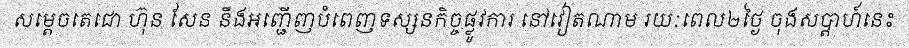
សម្តេចតេជោ ហ៊ុន សែន នឹងអញ្ជើញបំពេញទស្សនកិច្ចផ្លូវការ នៅវៀតណាម រយៈពេល២ថ្ងៃ ចុងសប្តាហ៍នេះ